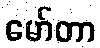
မော်တာ